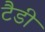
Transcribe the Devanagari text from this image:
टैडी